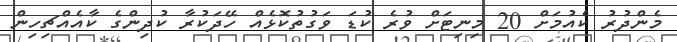
މެންދުރު ކެއުމަށް 20 މިނިޓަށް ވުރެ ކުޑަ ވަގުތުކޮޅެއް ހޭދަކުރާ ކުދިންގެ ކާއެއްޗިހިން